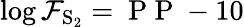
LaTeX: \log\mathcal{F}_{\mathrm{{S_{2}}}}=\mathrm{{~P~P~}}-10